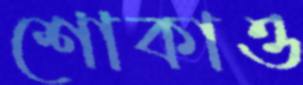
শোকাও